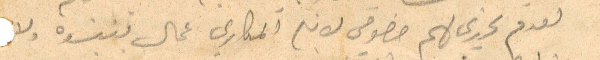
بعدم تحريري لهم خصوصي لان المكاري عمال تنسوه ولا